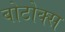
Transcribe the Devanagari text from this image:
बोटोक्स